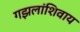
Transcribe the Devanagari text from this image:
गझलांशिवाय